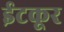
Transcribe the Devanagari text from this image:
ईटकूर